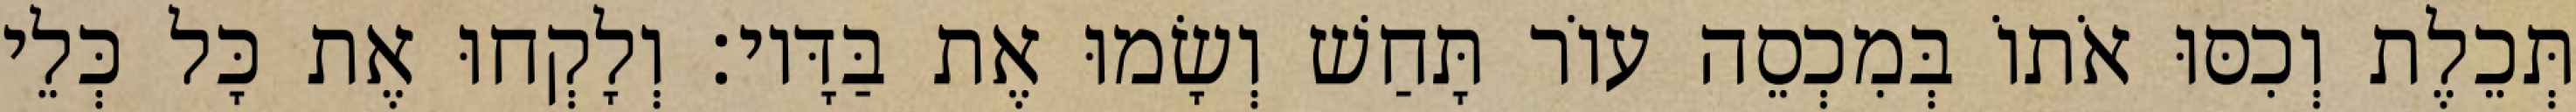
תְּכֵלֶת וְכִסּוּ אֹתוֹ בְּמִכְסֵה עוֹר תָּחַשׁ וְשָׂמוּ אֶת בַּדָּיו׃ וְלָקְחוּ אֶת כָּל כְּלֵי